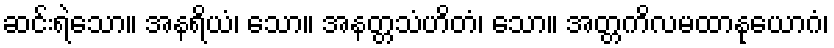
ဆင်းရဲသော။ အနရိယံ၊ သော။ အနတ္တသံဟိတံ၊ သော။ အတ္တကိလမထာနုယောဂံ၊